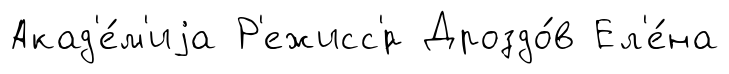
Акад'е́м'иjа Р'ежисс'́р Дроздо́в Ел'е́на